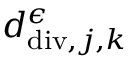
d _ { \mathrm { d i v } , j , \boldsymbol { k } } ^ { \epsilon }